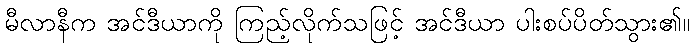
မီလာနီက အင်ဒီယာကို ကြည့်လိုက်သဖြင့် အင်ဒီယာ ပါးစပ်ပိတ်သွား၏။